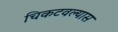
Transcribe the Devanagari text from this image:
चिकटवल्यास